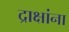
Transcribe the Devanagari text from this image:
द्राक्षांना